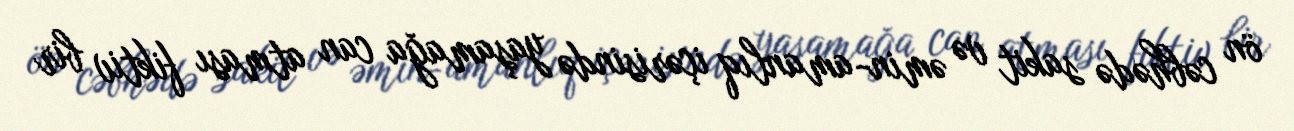
ön cəbhədə sakit və əmin-amanlıq içərisində yaşamağa can atması fiktiv bir